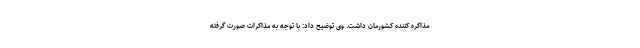
مذاکره کننده کشورمان داشت. وی توضیح داد: با توجه به مذاکرات صورت گرفته